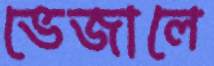
ভেজালে